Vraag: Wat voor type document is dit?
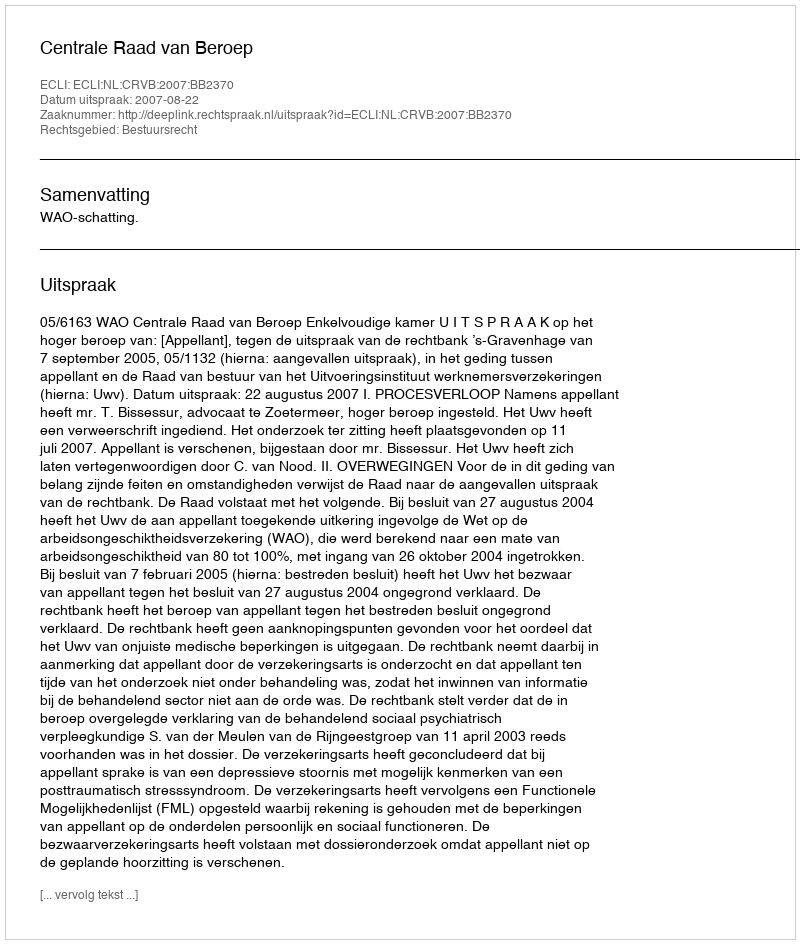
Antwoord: Uitspraak